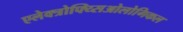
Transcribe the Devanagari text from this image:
एलेक्त्रोफ्य्सिओलोगिकल